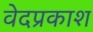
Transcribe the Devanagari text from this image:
वेदप्रकाश